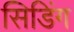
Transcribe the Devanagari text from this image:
सिडिंग